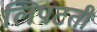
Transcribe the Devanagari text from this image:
लिपटती